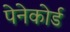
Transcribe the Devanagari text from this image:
पेनेकोर्ड